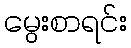
မွေးစာရင်း